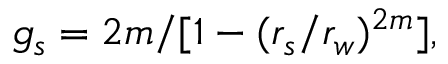
g _ { s } = 2 m / [ 1 - ( r _ { s } / r _ { w } ) ^ { 2 m } ] ,